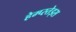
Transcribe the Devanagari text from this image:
हेम्प्स्तेड्स